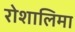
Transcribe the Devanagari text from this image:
रोशालिमा